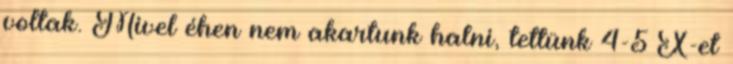
voltak. Mivel éhen nem akartunk halni, tettünk 4-5 X-et